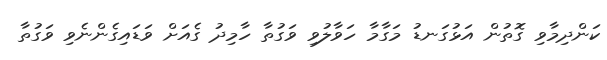
ކަންދިމާވި ގޮތުން އަޅުގަނޑު މަގާމާ ހަވާލުވި ވަގުތާ ހާމިދު ގެއަށް ވަޑައިގެންނެވި ވަގުތާ